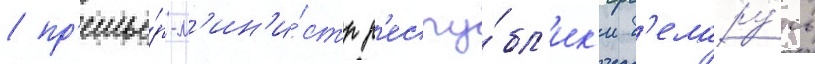
/ пр'емье́р-м'ин'и́стр р'еспу́бл'ик'и б'елару́сь